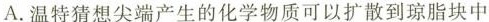
A.温特猜想尖端产生的化学物质可以扩散到琼脂块中